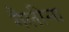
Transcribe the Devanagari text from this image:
गैलीना